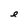
Character: e